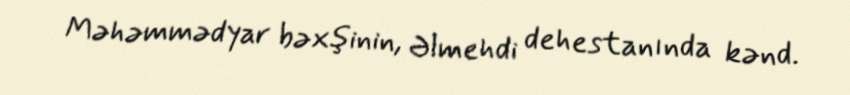
Məhəmmədyar bəxşinin, Əlmehdi dehestanında kənd.